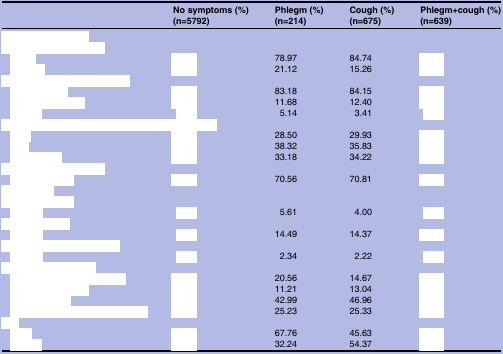
<table><thead><tr><td>[EMPTY_CELL]</td><td><b>No symptoms (%) (n=5792)</b></td><td><b>Phlegm (%) (n=214)</b></td><td><b>Cough (%) (n=675)</b></td><td><b>Phlegm+cough (%) (n=639)</b></td></tr></thead><tbody><tr><td colspan="5">[EMPTY_CELL]</td></tr><tr><td colspan="5">[EMPTY_CELL]</td></tr><tr><td>[EMPTY_CELL]</td><td>[EMPTY_CELL]</td><td>78.97</td><td>84.74</td><td>[EMPTY_CELL]</td></tr><tr><td>[EMPTY_CELL]</td><td>[EMPTY_CELL]</td><td>21.12</td><td>15.26</td><td>[EMPTY_CELL]</td></tr><tr><td colspan="5">[EMPTY_CELL]</td></tr><tr><td>[EMPTY_CELL]</td><td>[EMPTY_CELL]</td><td>83.18</td><td>84.15</td><td>[EMPTY_CELL]</td></tr><tr><td>[EMPTY_CELL]</td><td>[EMPTY_CELL]</td><td>11.68</td><td>12.40</td><td>[EMPTY_CELL]</td></tr><tr><td>[EMPTY_CELL]</td><td>[EMPTY_CELL]</td><td>5.14</td><td>3.41</td><td>[EMPTY_CELL]</td></tr><tr><td colspan="5">[EMPTY_CELL]</td></tr><tr><td>[EMPTY_CELL]</td><td>[EMPTY_CELL]</td><td>28.50</td><td>29.93</td><td>[EMPTY_CELL]</td></tr><tr><td>[EMPTY_CELL]</td><td>[EMPTY_CELL]</td><td>38.32</td><td>35.83</td><td>[EMPTY_CELL]</td></tr><tr><td>[EMPTY_CELL]</td><td>[EMPTY_CELL]</td><td>33.18</td><td>34.22</td><td>[EMPTY_CELL]</td></tr><tr><td colspan="5">[EMPTY_CELL]</td></tr><tr><td>[EMPTY_CELL]</td><td>[EMPTY_CELL]</td><td>70.56</td><td>70.81</td><td>[EMPTY_CELL]</td></tr><tr><td colspan="5">[EMPTY_CELL]</td></tr><tr><td colspan="5">[EMPTY_CELL]</td></tr><tr><td>[EMPTY_CELL]</td><td>[EMPTY_CELL]</td><td>5.61</td><td>4.00</td><td>[EMPTY_CELL]</td></tr><tr><td colspan="5">[EMPTY_CELL]</td></tr><tr><td>[EMPTY_CELL]</td><td>[EMPTY_CELL]</td><td>14.49</td><td>14.37</td><td>[EMPTY_CELL]</td></tr><tr><td colspan="5">[EMPTY_CELL]</td></tr><tr><td>[EMPTY_CELL]</td><td>[EMPTY_CELL]</td><td>2.34</td><td>2.22</td><td>[EMPTY_CELL]</td></tr><tr><td colspan="5">[EMPTY_CELL]</td></tr><tr><td>[EMPTY_CELL]</td><td>[EMPTY_CELL]</td><td>20.56</td><td>14.67</td><td>[EMPTY_CELL]</td></tr><tr><td>[EMPTY_CELL]</td><td>[EMPTY_CELL]</td><td>11.21</td><td>13.04</td><td>[EMPTY_CELL]</td></tr><tr><td>[EMPTY_CELL]</td><td>[EMPTY_CELL]</td><td>42.99</td><td>46.96</td><td>[EMPTY_CELL]</td></tr><tr><td>[EMPTY_CELL]</td><td>[EMPTY_CELL]</td><td>25.23</td><td>25.33</td><td>[EMPTY_CELL]</td></tr><tr><td colspan="5">[EMPTY_CELL]</td></tr><tr><td>[EMPTY_CELL]</td><td>[EMPTY_CELL]</td><td>67.76</td><td>45.63</td><td>[EMPTY_CELL]</td></tr><tr><td>[EMPTY_CELL]</td><td>[EMPTY_CELL]</td><td>32.24</td><td>54.37</td><td>[EMPTY_CELL]</td></tr></tbody></table>